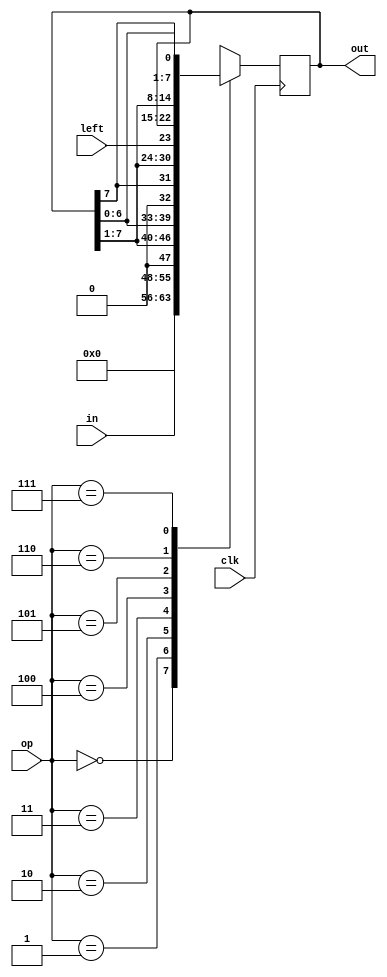
module sftReg(in,clk,left,op,out);
	input [7:0]in;
	input [2:0]op;
	input clk,left;
	output reg[7:0]out;
	
	always@(posedge clk) begin
		case(op)
			0:out=0;
			1:out=in;
			2:out<={1'b0,out[7:1]};		//shift right
			3:out<={out[6:0],1'b0};			//shift left
			4:out<={out[7],out[7:1]};		//shift arithmetic right
			5:out<={left,out[7:1]};
			6:out<={out[0],out[7:1]};		//shift circular right
			7:out<={out[6:0],out[7]};		//shift circular left
		endcase
	end


endmodule